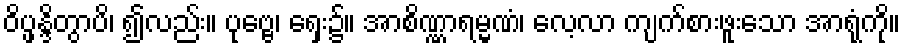
ဝိပ္ဖန္ဒိတွာပိ၊ ၍လည်း။ ပုဗ္ဗေ၊ ရှေး၌။ အာစိဏ္ဏာရမ္မဏံ၊ လေ့လာ ကျက်စားဖူးသော အာရုံကို။